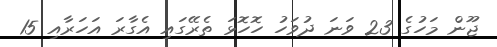
ޖޫން މަހުގެ 23 ވަނަ ދުވަހު ހޮހޮޅަ ތެރޭގައި އެގާރަ އަހަރާއި 15